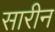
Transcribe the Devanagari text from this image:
सारीन